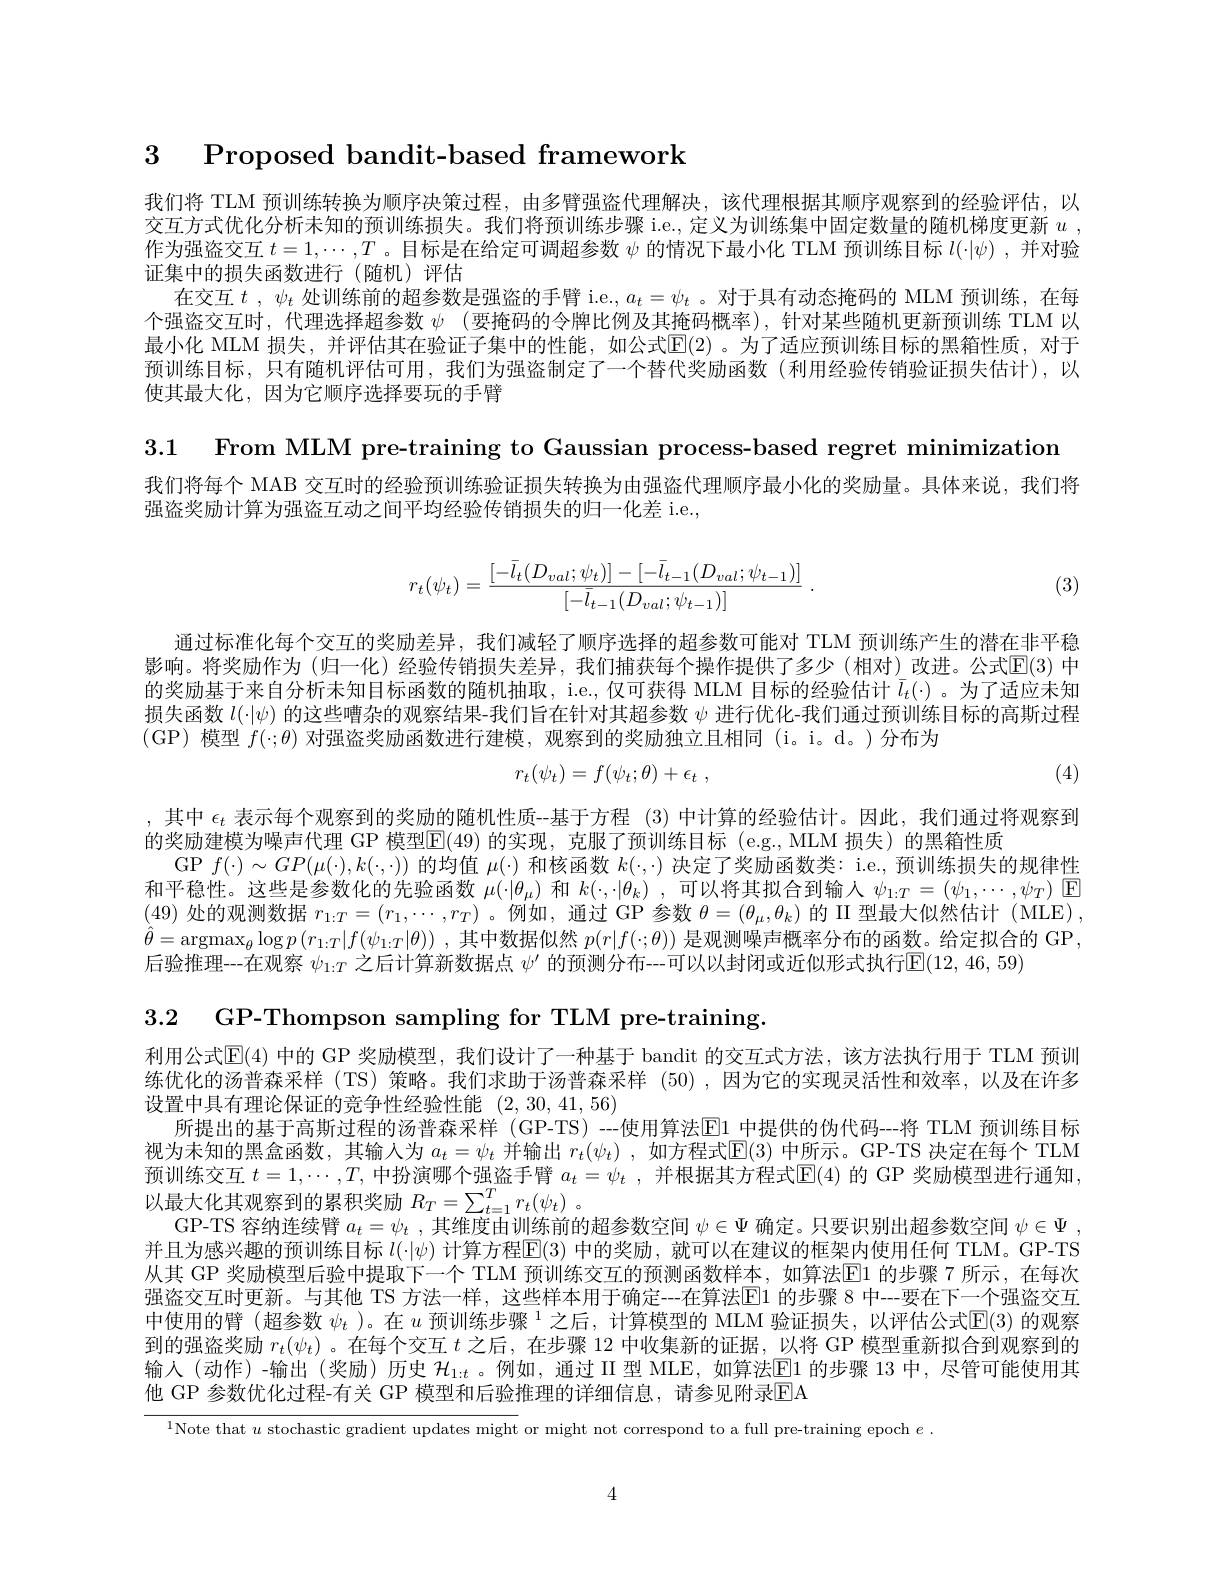
3 Proposed bandit-based framework

我们将 TLM 预训练转换为顺序决策过程，由多臂强盗代理解决，该代理根据其顺序观察到的经验评估，以交互方式优化分析未知的预训练损失。我们将预训练步骤 i.e., 定义为训练集中固定数量的随机梯度更新$u$ , 作为强盗交互$t=1,\cdots,T$ 。目标是在给定可调超参数$\psi$的情况下最小化 TLM 预训练目标$l(\cdot|\psi)$,并对验证集中的损失函数进行(随机)评估
在交互$t,\psi_t$处训练前的超参数是强盗的手臂 i.e., $a_t=\psi_t$ 。对于具有动态掩码的 MLM 预训练，在每个强盗交互时，代理选择超参数 $\psi$ (要掩码的令牌比例及其掩码概率),针对某些随机更新预训练 TLM 以最小化 MLM 损失，并评估其在验证子集中的性能，如公式$\mathbb{E}(2)$ 。为了适应预训练目标的黑箱性质，对于预训练目标，只有随机评估可用，我们为强盗制定了一个替代奖励函数(利用经验传销验证损失估计),以使其最大化，因为它顺序选择要玩的手臂

3.1 From MLM pre-training to Gaussian process-based regret minimization

我们将每个 MAB 交互时的经验预训练验证损失转换为由强盗代理顺序最小化的奖励量。具体来说，我们将
强盗奖励计算为强盗互动之间平均经验传销损失的归一化差 i.e.,
$$r_t(\psi_t)=\frac{[-\bar l_t(D_{val};\psi_t)]-[-\bar l_{t-1}(D_{val};\psi_{t-1})]}{[-\bar l_{t-1}(D_{val};\psi_{t-1})]}\:.$$
(3)

通过标准化每个交互的奖励差异，我们减轻了顺序选择的超参数可能对 TLM 预训练产生的潜在非平稳影响。将奖励作为(归一化)经验传销损失差异，我们捕获每个操作提供了多少(相对)改进。公式$\mathbb{E}(3)$ 中的奖励基于来自分析未知目标函数的随机抽取，i.e.,仅可获得 MLM 目标的经验估计$\bar{l}_t(\cdot)$ 。为了适应未知损失函数$l(\cdot|\psi)$的这些嘈杂的观察结果-我们旨在针对其超参数$\psi$进行优化-我们通过预训练目标的高斯过程(GP) 模型$f(\cdot;\theta)$对强盗奖励函数进行建模，观察到的奖励独立且相同(i。i。d。)分布为

(4)
$$r_t(\psi_t)=f(\psi_t;\theta)+\epsilon_t\:,$$
,其中$\epsilon_t$表示每个观察到的奖励的随机性质-基于方程 (3)中计算的经验估计。因此，我们通过将观察到
的奖励建模为噪声代理 GP 模型E(49) 的实现，克服了预训练目标 (e.g.,MLM 损失)的黑箱性质
GP $f(\cdot)\sim GP(\mu(\cdot),k(\cdot,\cdot))$的均值$\mu(\cdot)$和核函数$k(\cdot,\cdot)$决定了奖励函数类：i.e., 预训练损失的规律性和平稳性。这些是参数化的先验函数$\mu(\cdot|\theta_\mu)$和$k(\cdot,\cdot|\theta_k)$,可以将其拟合到输入$\psi_{1:T}=(\psi_1,\cdots,\psi_T)$ ▣ (49)处的观测数据$r_1:T=(r_1,\cdots,r_T)$ 。例如，通过 GP 参数$\theta=(\theta_\mu,\theta_k)$的 II 型最大似然估计 (MLE), $\hat{\theta}=\operatorname{argmax}_\theta\log p\left(r_{1:T}|f(\psi_{1:T}|\theta)\right)$,其中数据似然 $p(r|f(\cdot;\theta))$ 是观测噪声概率分布的函数。给定拟合的 GP, 后验推理--在观察$\psi_{1:T}$之后计算新数据点$\psi^\prime$的预测分布--可以以封闭或近似形式执行$\mathbb{E}(12,46,59)$

3.2 GP-Thompson sampling for TLM pre-training.

利用公式$\mathbb{E}(4)$ 中的 GP 奖励模型，我们设计了一种基于 bandit 的交互式方法，该方法执行用于 TLM 预训练优化的汤普森采样(TS)策略。我们求助于汤普森采样(50),因为它的实现灵活性和效率，以及在许多设置中具有理论保证的竞争性经验性能(2,30,41,56)
所提出的基于高斯过程的汤普森采样 (GP-TS) --使用算法$\overline{\mathrm{E}}1$ 中提供的伪代码--将 TLM 预训练目标视为未知的黑盒函数，其输入为$a_t=\psi_t$并输出$r_t(\psi_t)$ ,如方程式$\mathbb{E}(3)$中所示。GP-TS 决定在每个 TLM 预训练交互$t=1,\cdots,T$,中扮演哪个强盗手臂$a_t=\psi_t$,并根据其方程式$\mathbb{E}(4)$的 GP 奖励模型进行通知， 以最大化其观察到的累积奖励$R_T=\sum_{t=1}^Tr_t(\psi_t)$ 。
GP-TS 容纳连续臂$a_t=\psi_t$ ,其维度由训练前的超参数空间$\psi\in\Psi$确定。只要识别出超参数空间$\psi \in \Psi$ , 并且为感兴趣的预训练目标$l(\cdot|\psi)$计算方程$\mathbb{E}(3)$中的奖励，就可以在建议的框架内使用任何 TLM。GP-TS 从其 GP 奖励模型后验中提取下一个 TLM 预训练交互的预测函数样本，如算法[E]1 的步骤 7 所示，在每次强盗交互时更新。与其他 TS 方法一样，这些样本用于确定---在算法E1 的步骤 8 中---要在下一个强盗交互中使用的臂 (超参数 $\psi_t$ )。在 $u\text{ 预训练步骤 }^1$之后，计算模型的 MLM 验证损失，以评估公式$\mathbb{E}(3)$ 的观察到的强盗奖励$r_t(\psi_t)$ 。在每个交互$t$之后，在步骤 12 中收集新的证据，以将 GP 模型重新拟合到观察到的输入(动作)-输出(奖励)历史 $\mathcal{H}_{1:t}$。例如，通过 II 型 MLE,如算法$\underline{\mathrm{E}}$1 的步骤 13 中，尽管可能使用其他 GP 参数优化过程-有关 GP 模型和后验推理的详细信息，请参见附录EA

${^{1}\text{Note that }u\text{ stochastic gradient updates might}}$ or might not correspond to a full pre-training epoch $e.$